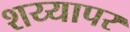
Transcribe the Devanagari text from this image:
शय्यापर